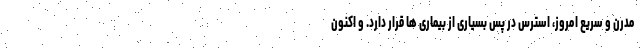
مدرن و سریع امروز، استرس در پس بسیاری از بیماری ها قرار دارد. و اکنون